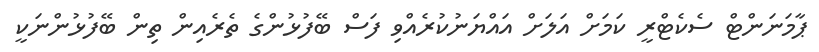
ޕާމަނަންޓް ސެކެޓްރީ ކަމަށް އަލަށް އައްޔަނުކުރެއްވި ފަސް ބޭފުޅުންގެ ތެރެއިން ތިން ބޭފުޅުންނަކީ